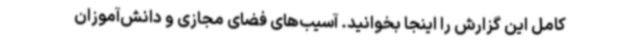
کامل این گزارش را اینجا بخوانید. آسیب‌های فضای مجازی و دانش‌آموزان